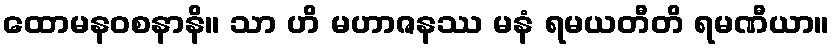
ထောမနဝစနာနိ။ သာ ဟိ မဟာဇနဿ မနံ ရမယတီတိ ရမဏီယာ။